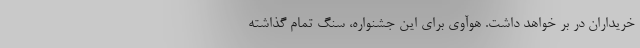
خریداران در بر خواهد داشت. هوآوی برای این جشنواره، سنگ‌ تمام گذاشته